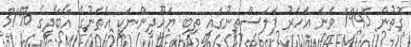
ގޮތުން 1945 ވަނަ އަހަރު ފަލަސްޠީނުގައި ތިބި ޔަހޫދީންނަކީ އެތަނުގެ އާބާދީގެ %31